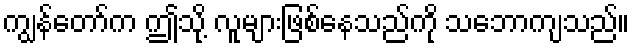
ကျွန်တော်က ဤသို့ လူများဖြစ်နေသည်ကို သဘောကျသည်။